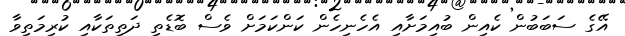
އޭގެ ސަބަބުން ކެއިން ބުއިމަށާއި އެހެނިހެން ކަންކަމަށް ވެސް ބޮޑެތި ދަތިތަކާއި ކުރިމަތިވާ